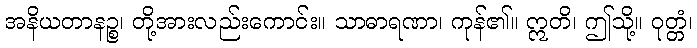
အနိယတာနဉ္စ၊ တို့အားလည်းကောင်း။ သာဓာရဏာ၊ ကုန်၏။ ဣတိ၊ ဤသို့။ ဝုတ္တံ၊